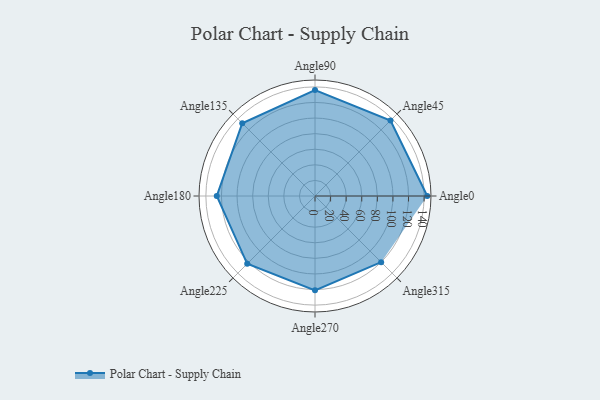
{"axis": {"x": "Angle", "y": "Radius"}, "legend": [""], "data": [{"x": "Angle0", "y": 144.0, "type": ""}, {"x": "Angle45", "y": 137.0, "type": ""}, {"x": "Angle90", "y": 136.0, "type": ""}, {"x": "Angle135", "y": 132.0, "type": ""}, {"x": "Angle180", "y": 126.0, "type": ""}, {"x": "Angle225", "y": 123.0, "type": ""}, {"x": "Angle270", "y": 121.0, "type": ""}, {"x": "Angle315", "y": 120.0, "type": ""}]}